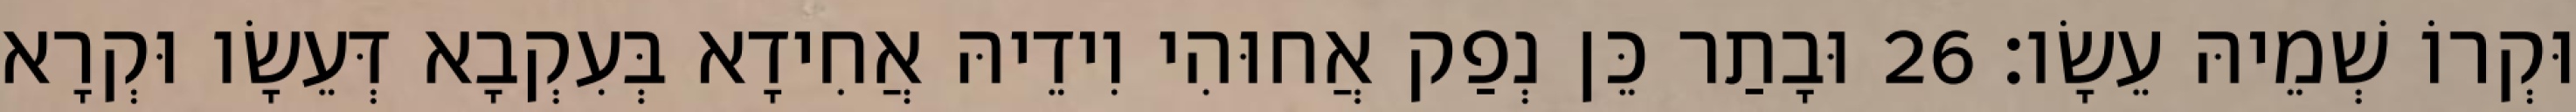
וּקְרוֹ שְׁמֵיהּ עֵשָׂו׃ 26 וּבָתַר כֵּן נְפַק אֲחוּהִי וִידֵיהּ אֲחִידָא בְּעִקְבָא דְּעֵשָׂו וּקְרָא